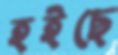
হইছে